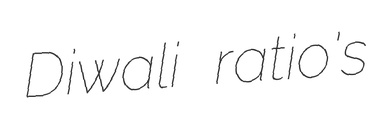
Diwali ratio's